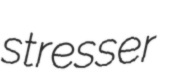
stresser